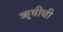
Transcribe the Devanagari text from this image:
ॠषीची